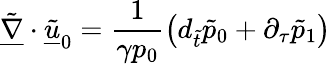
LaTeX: \underline{{\tilde{\nabla}}}\cdot\underline{{\tilde{u}}}_{0}=\frac{1}{\gamma p_{0}}\big(d_{\tilde{t}}\tilde{p}_{0}+\partial_{\tau}\tilde{p}_{1}\big)